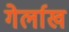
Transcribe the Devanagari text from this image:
गेर्लाख